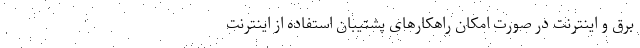
برق و اینترنت در صورت امکان راهکارهای پشتیبان استفاده از اینترنت